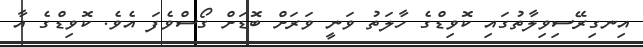
އިނގިރޭސިވިލާތުގައި ކޮވިޑްގެ ހާލަތު ވަނީ ވަރަށް ބޮޑަށް ގޯސްވެފަ އެވެ. ކޮވިޑްގެ އާ